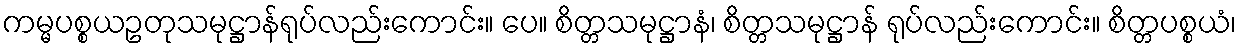
ကမ္မပစ္စယဥတုသမုဋ္ဌာန်ရုပ်လည်းကောင်း။ ပေ။ စိတ္တသမုဋ္ဌာနံ၊ စိတ္တသမုဋ္ဌာန် ရုပ်လည်းကောင်း။ စိတ္တပစ္စယံ၊